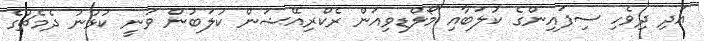
އަދި ދިވެހި ސިފައިންގެ ކުލަބާއި މޯލްޑިވިއަން ރެކްރިއޭޝަން ކުލަބުން ވަނީ ކުޅުނު ދެމެޗުގެ